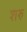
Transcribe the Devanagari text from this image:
शरु